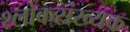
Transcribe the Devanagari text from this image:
श्लोकसंख्यक